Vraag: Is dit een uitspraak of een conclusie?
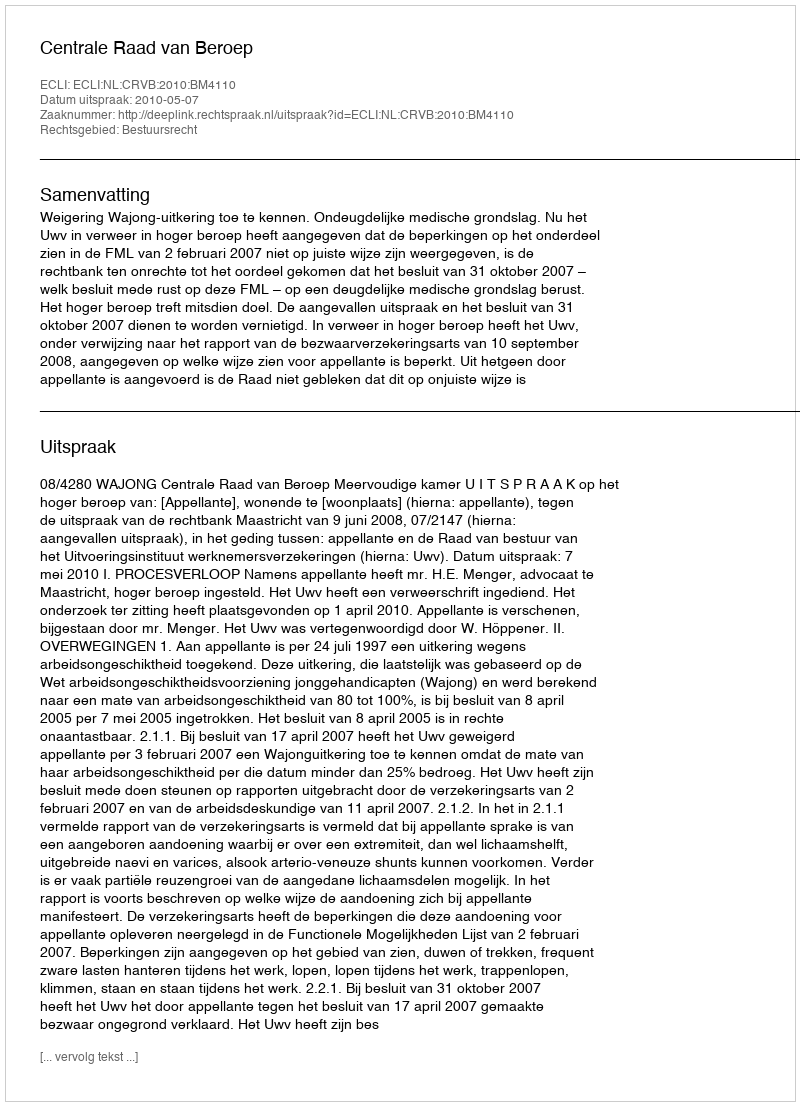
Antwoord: Uitspraak